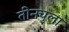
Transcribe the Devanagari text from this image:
तीनचुला